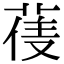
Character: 𮏼